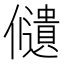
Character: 𠑌